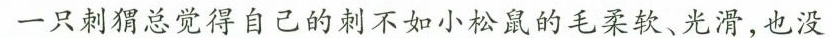
一只刺猬总觉得自己的刺不如小松鼠的毛柔软、光滑，也没